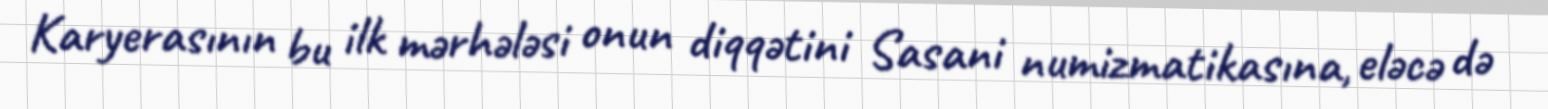
Karyerasının bu ilk mərhələsi onun diqqətini Sasani numizmatikasına, eləcə də